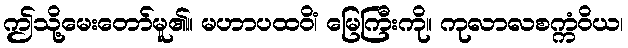
ဤသို့မေးတော်မူ၏။ မဟာပထဝိံ၊ မြေကြီးကို။ ကုလာလစက္ကံဝိယ၊